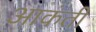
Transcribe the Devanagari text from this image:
आकंती